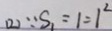
( 2 ) \because S _ { 1 } = 1 = 1 ^ { 2 }